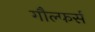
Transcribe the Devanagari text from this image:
गौल्फर्स